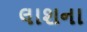
લાશના